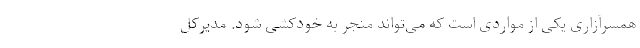
همسرآزاری یکی از مواردی است که می‌تواند منجر به خودکشی شود. مدیرکل